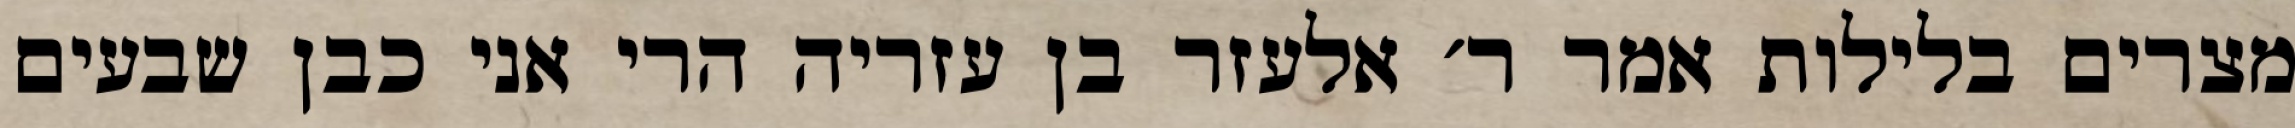
מצרים בלילות אמר ר׳ אלעזר בן עזריה הרי אני כבן שבעים